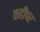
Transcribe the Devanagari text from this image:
कहींपर